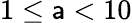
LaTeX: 1\leq\mathsf{a}<10